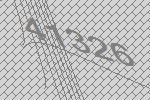
41326